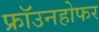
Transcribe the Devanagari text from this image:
फ्रॉउनहोफर